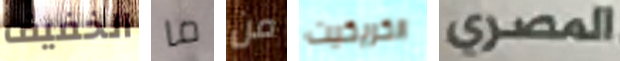
الخفيف ما من الكريكيت المصري